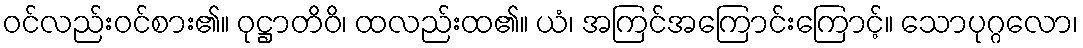
ဝင်လည်းဝင်စား၏။ ဝုဋ္ဌာတိဝိ၊ ထလည်းထ၏။ ယံ၊ အကြင်အကြောင်းကြောင့်။ သောပုဂ္ဂလော၊